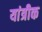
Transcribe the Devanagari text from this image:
यांत्रीक